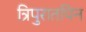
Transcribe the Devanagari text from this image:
त्रिपुरातपिन